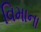
વિમાના